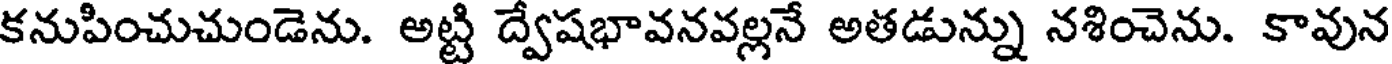
కనుపించుచుండెను. అట్టి ద్వేషభావనవల్లనే అతడున్ను నశించెను. కావున